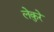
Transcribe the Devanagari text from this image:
लेकुरे